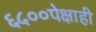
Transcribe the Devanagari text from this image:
६५००पेक्षाही